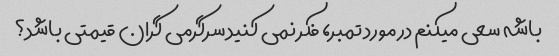
باشه سعی میکنم در مورد تمبر، فکر نمی کنید سرگرمی گران قیمتی باشد؟